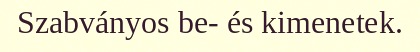
Szabványos be- és kimenetek.